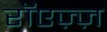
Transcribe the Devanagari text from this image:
रॉएज़्ज़